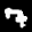
Label: 7